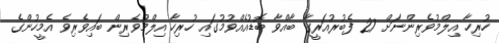
ހުރިހާ އިލްމުވެރިންނަށް 27 ފެބުރުއަރީގާ ބާއްވާ ބޮޑުއެއްވުމުގައި ހުރިހާ އިލްމުވެރިން ބައިވެރިވެ އެމީހުންގެ